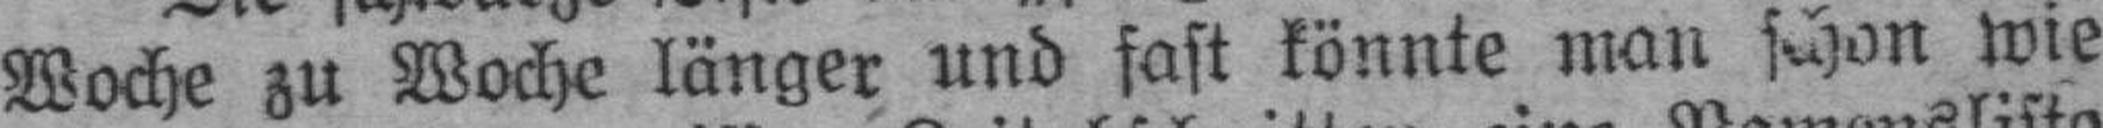
Woche zu Woche länger und fast könnte man schon wie